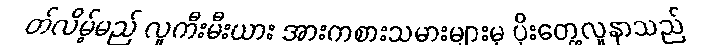
တ်လိမ့်မည် လူကီးမီးယား အားကစားသမားများမှ ပိုးတွေ့လူနာသည်